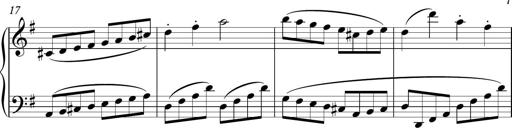
Title: Sonatina
Composer: Kemble Stout
Key: G major